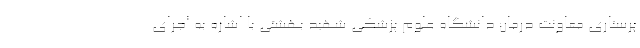
پرستاری معاونت درمان دانشگاه علوم پزشکی شهید بهشتی با اشاره به اجرای